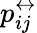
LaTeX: p_{ij}^{\leftrightarrow}